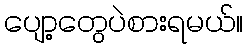
ပျော့တွေပဲစားရမယ်။